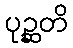
ပုဉ္ဆတိ